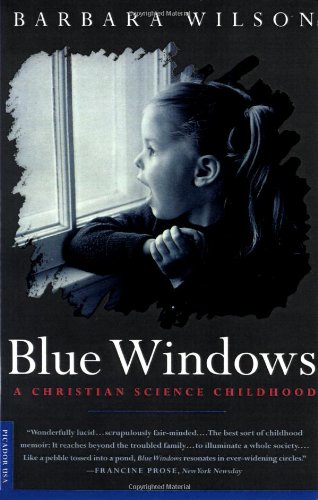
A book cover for Blue Windows: A Christian Science Childhood; Barbara Wilson; Christian Books & Bibles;